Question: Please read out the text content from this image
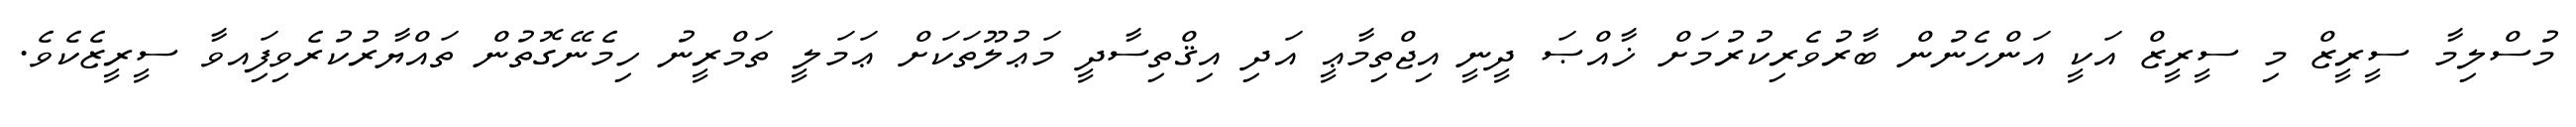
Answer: މުސްލިމާ ސީރީޒް މި ސީރީޒް އަކީ އަންހެނުން ބާރުވެރިކުރުމަށް ޚާއްޞަ ދީނީ އިޖްތިމާޢީ އަދި އިޤްތިސާދީ މަޢުލޫތަކަށް ޢަމަލީ ތަމްރީނު ހިމެނޭގޮތުން ތައްޔާރުކުރެވިފަިއވާ ސީރީޒެކެވެ.